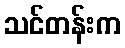
သင်တန်းက